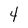
Character: 4